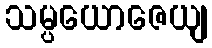
သမ္ပယောဇေယျ